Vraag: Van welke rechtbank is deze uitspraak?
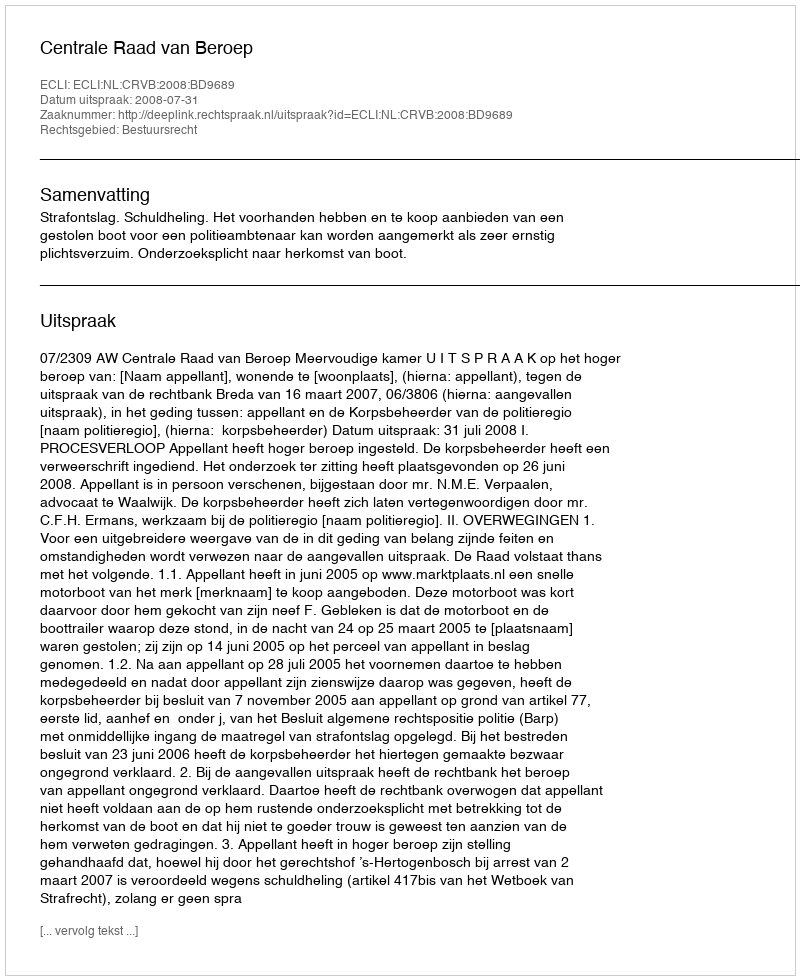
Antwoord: Centrale Raad van Beroep